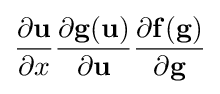
{\frac {\partial \mathbf {u} }{\partial x}}{\frac {\partial \mathbf {g} (\mathbf {u} )}{\partial \mathbf {u} }}{\frac {\partial \mathbf {f} (\mathbf {g} )}{\partial \mathbf {g} }}